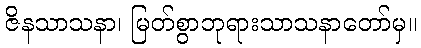
ဇိနသာသနာ၊ မြတ်စွာဘုရားသာသနာတော်မှ။